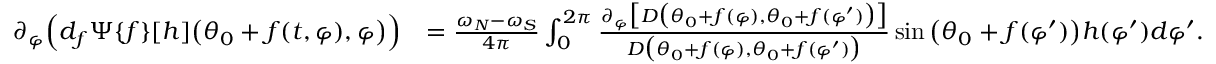
\begin{array} { r l } { \partial _ { \varphi } \Big ( d _ { f } \Psi \{ f \} [ h ] \big ( \theta _ { 0 } + f ( t , \varphi ) , \varphi \big ) \Big ) } & { = \frac { \omega _ { N } - \omega _ { S } } { 4 \pi } \int _ { 0 } ^ { 2 \pi } \frac { \partial _ { \varphi } \big [ D \big ( \theta _ { 0 } + f ( \varphi ) , \theta _ { 0 } + f ( \varphi ^ { \prime } ) \big ) \big ] } { D \big ( \theta _ { 0 } + f ( \varphi ) , \theta _ { 0 } + f ( \varphi ^ { \prime } ) \big ) } \sin \big ( \theta _ { 0 } + f ( \varphi ^ { \prime } ) \big ) h ( \varphi ^ { \prime } ) d \varphi ^ { \prime } . } \end{array}